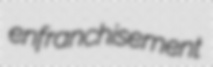
enfranchisement